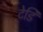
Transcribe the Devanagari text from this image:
टेडि